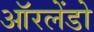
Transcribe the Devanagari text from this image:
ऑरलेंडो